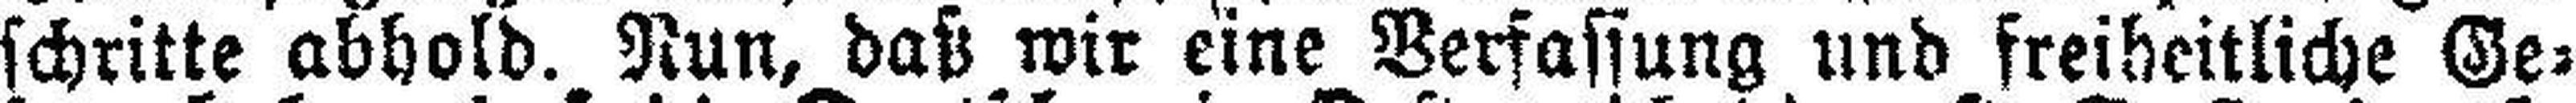
schritte abhold. Nun, daß wir eine Verfassung und freiheitliche Ge¬